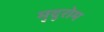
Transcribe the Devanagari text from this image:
मृदुरोम